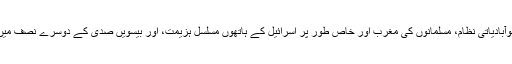
ان کی جڑیں اٹھارویں صدی میں مسلم ممالک پر زبردستی ٹھونسے گئے نوآبادیاتی نظام، مسلمانوں کی مغرب اور خاص طور پر اسرائیل کے ہاتھوں مسلسل ہزیمت، اور بیسویں صدی کے دوسرے نصف میں مسلم ممالک میں سیکولر حکومتوں کی ناکامی میں ڈھونڈی جاسکتی ہیں ۔